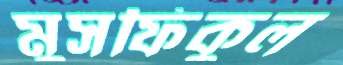
মুসফিকুল